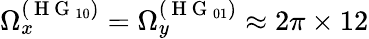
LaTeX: \Omega_{x}^{(\mathrm{~H~G~}_{10})}=\Omega_{y}^{(\mathrm{~H~G~}_{01})}\approx 2\pi\times 12